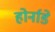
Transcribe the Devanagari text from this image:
होर्नाडे